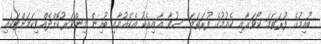
ބުއިމުގެ ފުރަތަމަ ކޯވަރާއި ކެއުމުގެ ފުރަތަމަ ސުވާ އާއިއެކު އެކެއުމާއި ބުއިން މިންވަރުކޮށްދެއްވިކަމަށްޓަކައި